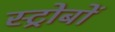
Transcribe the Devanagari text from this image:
स्ट्रोबों